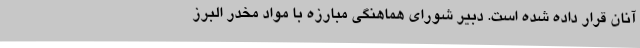
آنان قرار داده شده است. دبیر شورای هماهنگی مبارزه با مواد مخدر البرز